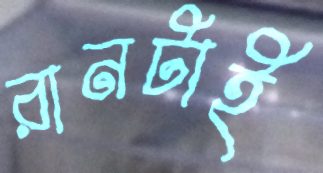
রানটাই